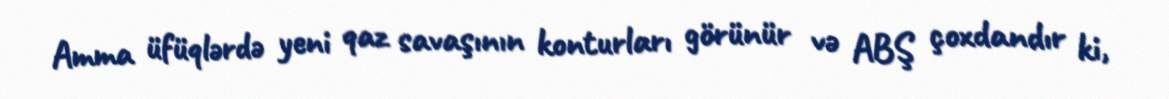
Amma üfüqlərdə yeni qaz savaşının konturları görünür və ABŞ çoxdandır ki,